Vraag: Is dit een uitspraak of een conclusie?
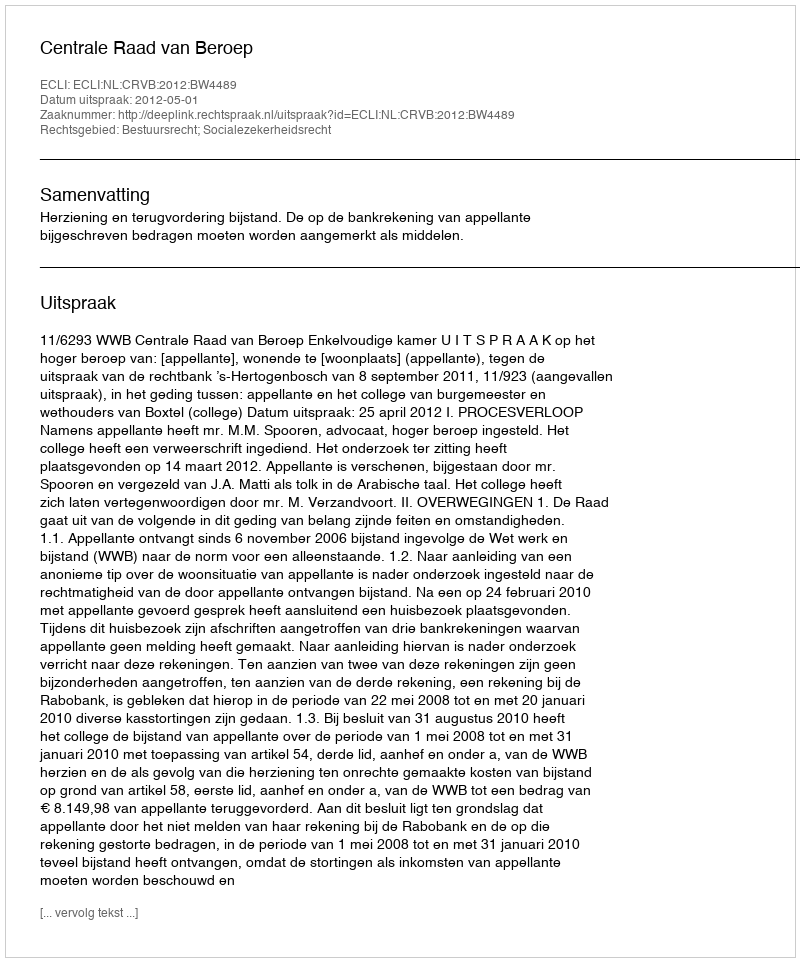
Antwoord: Uitspraak